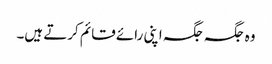
وہ جگہ جگہ اپنی رائے قائم کرتے ہیں۔